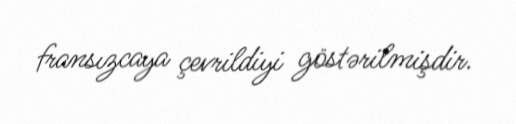
fransızcaya çevrildiyi göstərilmişdir.